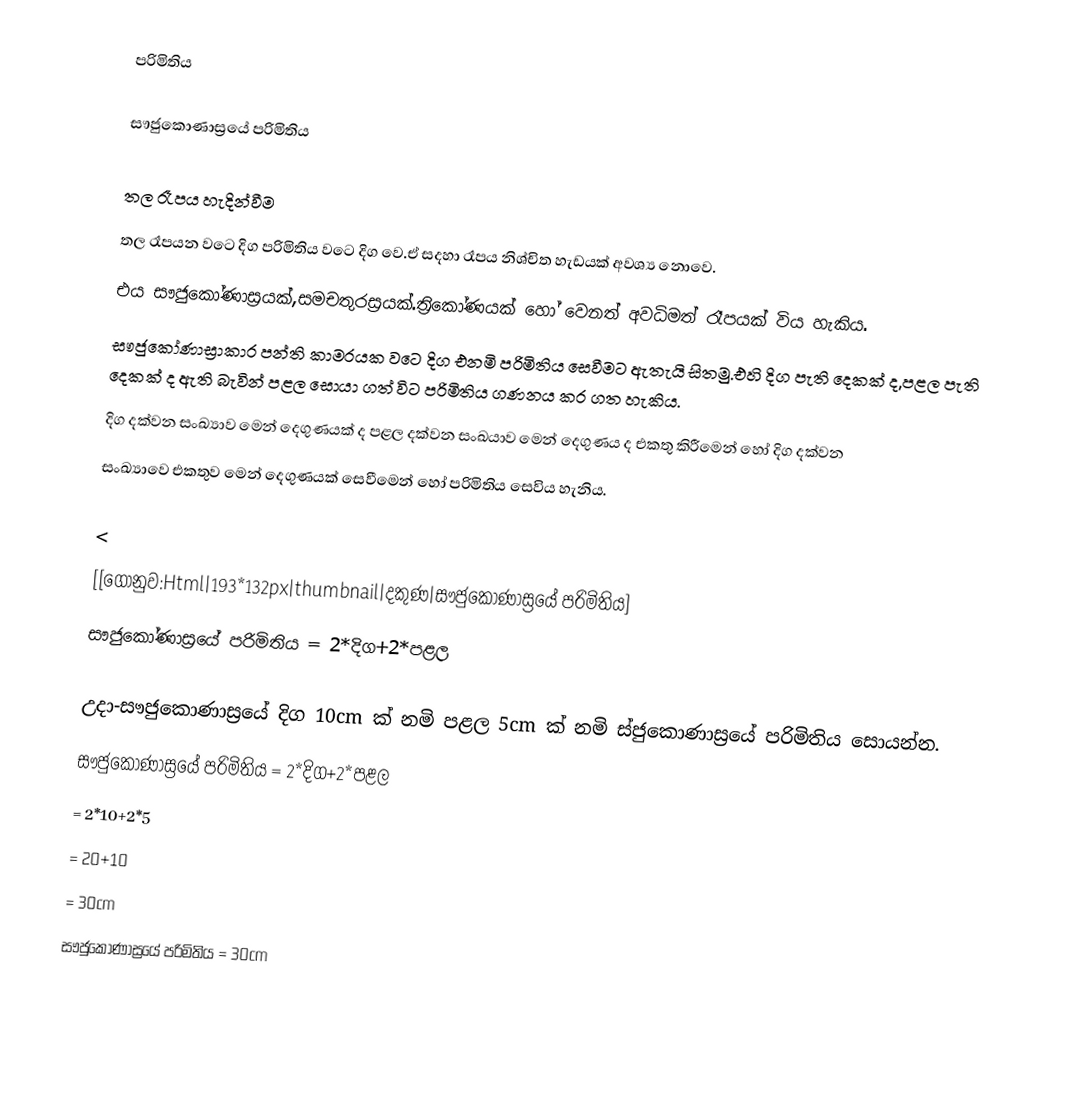
පරිමිතිය

 සෟජුකොණාස්‍රයේ පරිමිතිය

        තල රෑපය හැදින්වීම
 තල රෑපයන ව‍ටෙ දිග‍ පරිමිතිය වටෙ දිග වෙ.ඒ සදහා රෑපය නිශ්චිත හැඩයක් අවශ්‍ය නොවෙ.
 එය සෟජුකෝණාස්‍රයක්,සමචතුරස්‍රයක්.ත්‍රිකෝණයක් හෝ වෙනත් අවධිමත් රෑපයක් විය හැකිය.
 සෟජුකෝණාස්‍රාකාර පන්ති කාමරයක වටෙ දිග එනමි  පරිමිතිය සෙවීමට ඇතැයි සිතමු.එහි දිග පැති දෙකක් ද,පළල   පැති    දෙකක් ද ඇති බැවින් පළල  සොයා ගත් විට පරිමිතිය ගණනය කර ගත හැකිය.
 දිග දක්වන සංඛ්‍යාව මෙන් දෙගුණයක් ද පළල දක්වන       සංඛයාව මෙන් දෙගුණය ද එකතු කිරීමෙන් හෝ දිග දක්වන
සංඛ්‍යාවෙ එකතුව මෙන් දෙගුණයක් සෙවීමෙන් හෝ පරිමිතිය සෙවිය හැනිය.

<
[[ගොනුව:Html|193*132px|thumbnail|දකුණ|සෟජුකෝණාස්‍රයේ පරිමිතිය]
සෟජුකෝණාස්‍රයේ පරිමිතිය = 2*දිග+2*පළල

උදා-සෟජුකොණාස්‍රයේ දිග 10cm ක් නමි පළල 5cm ක් නමි ස්ජුකොණාස්‍රයේ පරිමිතිය සොයන්න.‍
        සෟජුකෝණාස්‍රයේ පරිමිතිය = 2*දිග+2*පළල
                                                        = 2*10+2*5
                                                        = 20+10
                                                        = 30cm
සෟජුකොණාස්‍රයේ පරිමිතිය          = 30cm